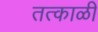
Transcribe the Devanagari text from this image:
तत्काळी